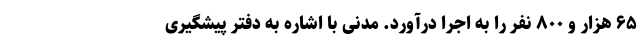
۶۵ هزار و ۸۰۰ نفر را به اجرا درآورد. مدنی با اشاره به دفتر پیشگیری